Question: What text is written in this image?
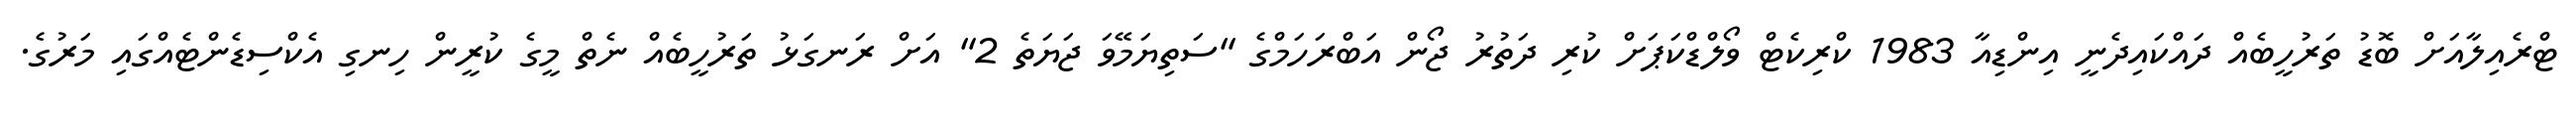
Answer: ޓްރެއިލާއަށް ބޮޑު ތަރުހީބެއް ދައްކައިދެނީ އިންޑިއާ 1983 ކްރިކެޓް ވޯލްޑްކަޕަށް ކުރި ދަތުރު ޖޯން އަބްރަހަމްގެ "ސަތިޔަމޭވަ ޖަޔަތެ 2" އަށް ރަނގަޅު ތަރުހީބެއް ނެތް މީގެ ކުރީން ހިނގި އެކްސިޑެންޓެއްގައި މަރުގެ.